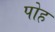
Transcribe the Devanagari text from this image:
पोह